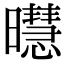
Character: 㬩